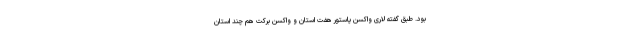
بود. طبق گفته لاری واکسن پاستور هفت استان و واکسن برکت هم چند استان